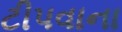
ટીપવાના